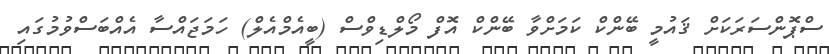
ސްޕޮންސަރަކަށް ޤައުމީ ބޭންކް ކަމަށްވާ ބޭންކް އޮފް މޯލްޑިވްސް (ބީއެމްއެލް) ހަމަޖައްސާ އެއްބަސްވުމުގައި